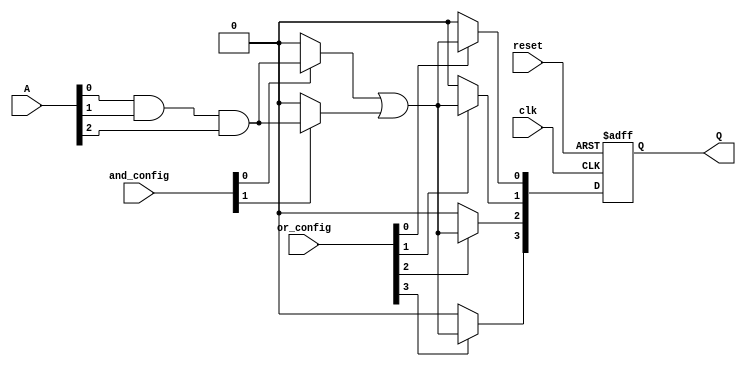
module RPAL #(
    parameter NUM_INPUTS = 8,       // Number of input lines
    parameter NUM_AND_TERMS = 16,    // Number of AND gates
    parameter NUM_OR_TERMS = 8,      // Number of OR gates
    parameter NUM_OUTPUTS = 4        // Number of registered outputs
)(
    input wire [NUM_INPUTS-1:0] A,   // Input lines
    input wire clk,                   // Clock signal
    input wire reset,                 // Reset signal
    input wire [NUM_AND_TERMS-1:0] and_config, // Programmable AND configuration
    input wire [NUM_OR_TERMS-1:0] or_config,   // Programmable OR configuration
    output reg [NUM_OUTPUTS-1:0] Q   // Registered outputs
);

reg [NUM_AND_TERMS-1:0] and_out; // Outputs from AND array
wire [NUM_OR_TERMS-1:0] or_out;   // Outputs from OR array

// Programmable AND Array
genvar i, j;
generate
    for (i = 0; i < NUM_AND_TERMS; i = i + 1) begin : AND_ARRAY
        assign and_out[i] = (and_config[i]) ? (A[0] & A[1] & A[2]) : 0; // Example logic, replace as needed
    end
endgenerate

// Programmable OR Array
generate
    for (j = 0; j < NUM_OR_TERMS; j = j + 1) begin : OR_ARRAY
        assign or_out[j] = (or_config[j]) ? (and_out[0] | and_out[1]) : 0; // Example logic, replace as needed
    end
endgenerate

// Registered Outputs
always @(posedge clk or posedge reset) begin
    if (reset) begin
        Q <= 0;
    end else begin
        Q <= or_out[0:NUM_OUTPUTS-1]; // Example logic, replace as needed
    end
end

endmodule